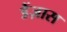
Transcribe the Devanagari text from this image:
डैंज़ास